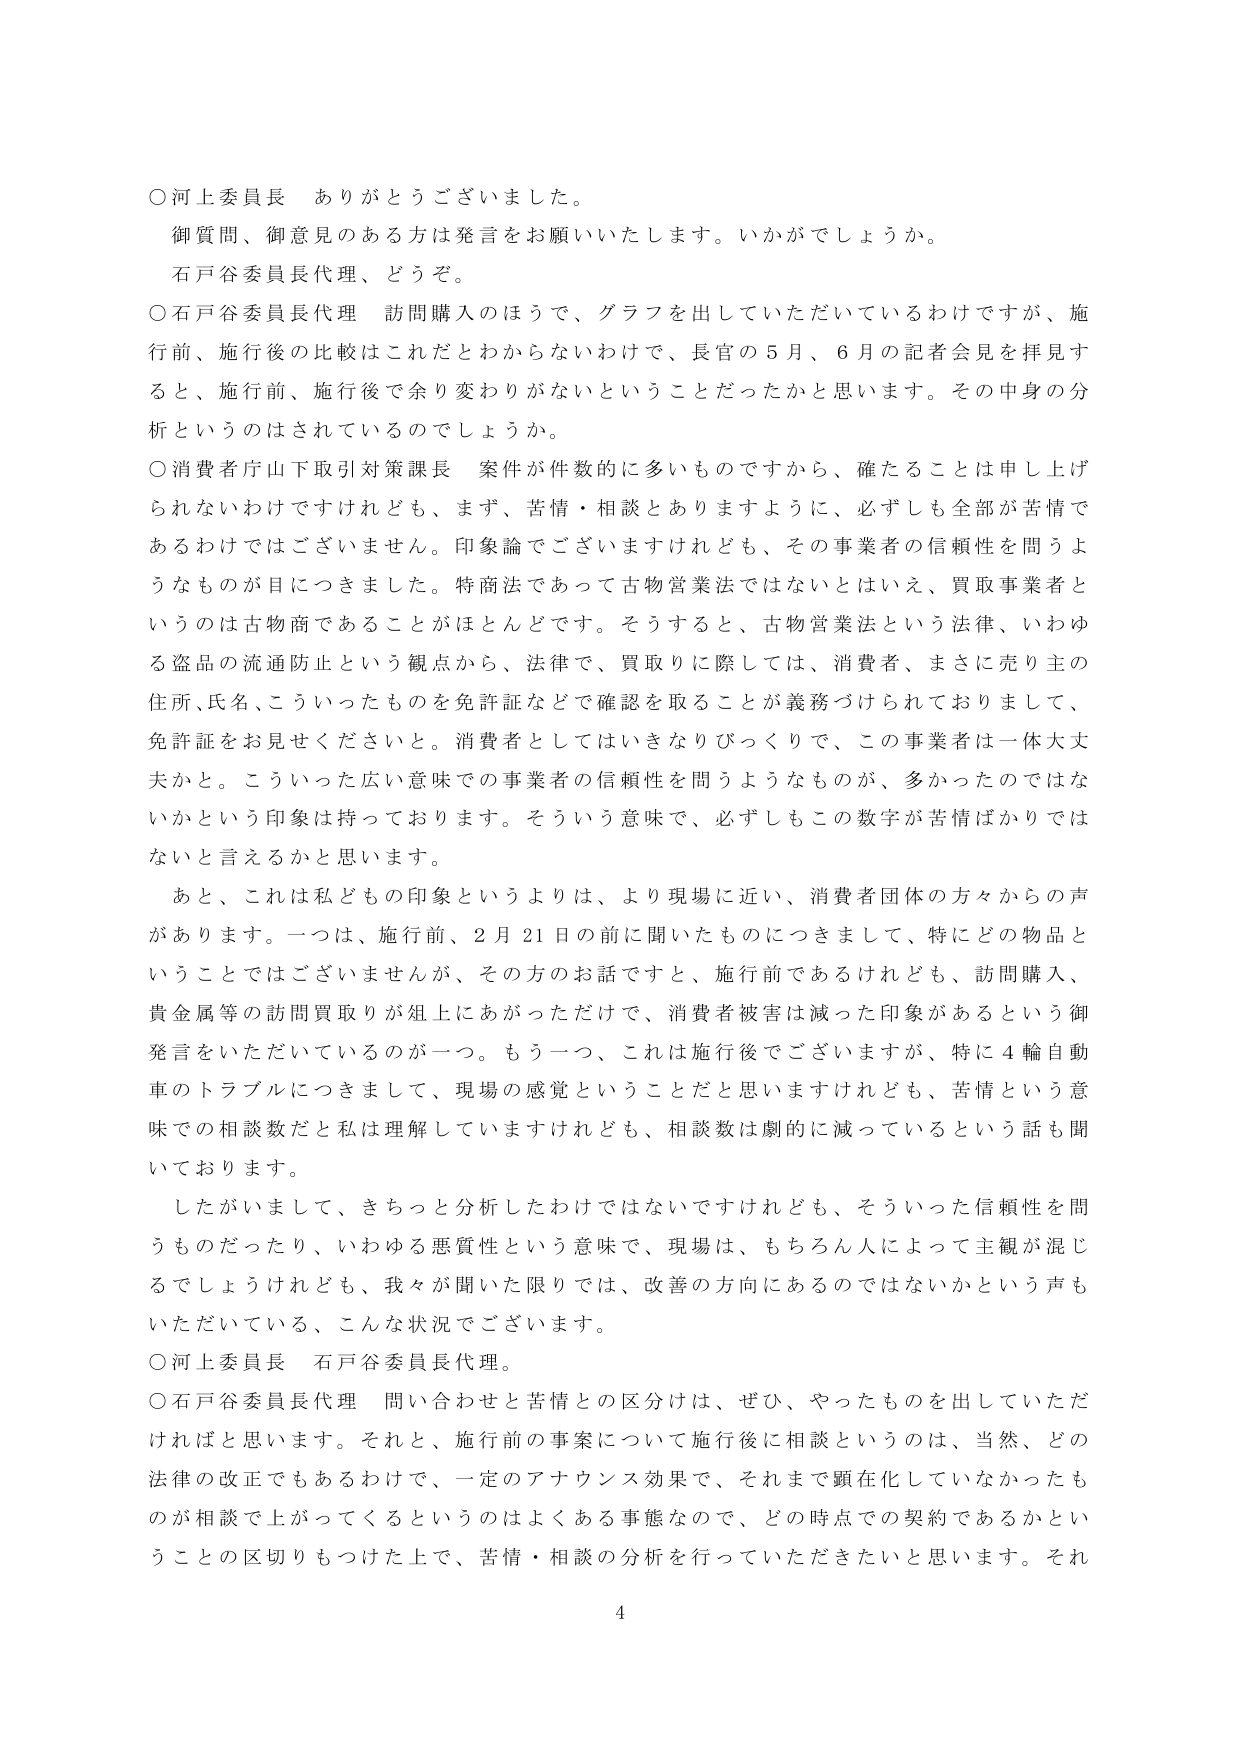
○河上委員長　ありがとうございました。
御質問、御意見のある方は発言をお願いいたします。いかがでしょうか。
石戸谷委員長代理、どうぞ。

○石戸谷委員長代理　訪問購入のほうで、グラフを出していただいているわけですが、施行前、施行後の比較はこれだとわからないわけで、長官の５月、６月の記者会見を拝見すると、施行前、施行後で余り変わりがないということだったかと思います。その中身の分析というのはされているのでしょうか。

○消費者庁山下取引対策課長　案件が件数的に多いものですから、確たることは申し上げられないわけですけれども、まず、苦情・相談とありますように、必ずしも全部が苦情であるわけではありません。印象論でございますけれども、その事業者の信頼性を問うようなものが目にときました。特商法であって古物営業法ではないとはいえ、買取事業者というのは古物商であることがほとんどです。そうすると、古物営業法という法律、いわゆる盗品の流通防止という観点から、法律で、買取りに際しては、消費者、まさに売り主の住所、氏名、こういったものを免許証などで確認を取ることが義務づけられておりまして、免許証をお見せくださいと。消費者としてはいきなりびっくりで、この事業者は一体大丈夫かと。こういった広い意味での事業者の信頼性を問うようなものが、多かったのではないかという印象は持っておりります。そういう意味で、必ずしもこの数字が苦情ばかりではないと言えるかと思います。

あと、これは私どもの印象というよりは、より現場に近い、消費者団体の方々からの声があります。一つは、施行前、２月21日の前に聞いたものにつきまして、特にどの物品ということではございませんが、その方のお話ですと、施行前であるけれども、訪問購入、貴金属等の訪問買取りが組上にあがっただけで、消費者被害は減った印象があるという御発言をいただいているのが一つ。もう一つ、これは施行後でございますが、特に４輪自動車のトラブルにつきまして、現場の感覚ということだと思いますけれども、苦情という意味での相談数だと私は理解していますけれども、相談数は劇的に減っているという話も聞いております。

したがいまして、きちっと分析したわけではないですけれども、そういった信頼性を問うものだったり、いわゆる悪質性という意味で、現場は、もちろん人によって主観が混じるでしょうけれども、我々が聞いた限りでは、改善の方向にあるのではないかという声もいただいている、こんな状況でございます。

○河上委員長　石戸谷委員長代理。

○石戸谷委員長代理　問い合わせと苦情との区分けは、ぜひ、やったものを出していただければと思います。それと、施行前の事案について施行後に相談というのは、当然、どの法律の改正でもあるわけで、一定のアナウンス効果で、それまで顕在化していなかったものが相談で上がってくるというのはよくある事態なので、どの時点での契約であるかということの区切りもつけた上で、苦情・相談の分析を行っていただきたいと思います。それ

4